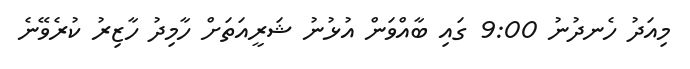
މިއަދު ހެނދުނު 9:00 ގައި ބާއްވަން އުޅުނު ޝަރީއަތަށް ހާމިދު ހާޒިރު ކުރެވޭނެ